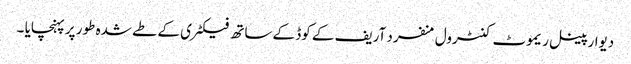
دیوار پینل ریموٹ کنٹرول منفرد آریف کے کوڈ کے ساتھ فیکٹری کے طے شدہ طور پر پہنچایا ۔